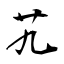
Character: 艽